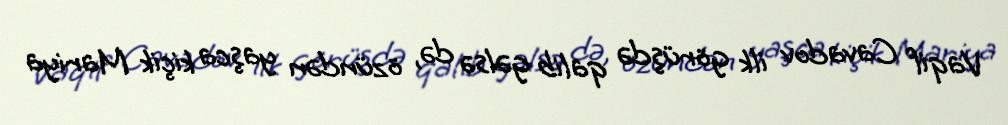
Vaqif Cavadov ilk görüşdə qalib gəlsə də, özündən yaşca kiçik Mariya